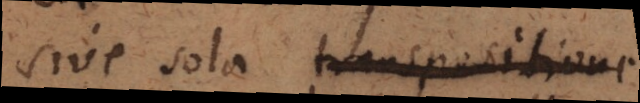
sive sola